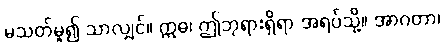
မသတ်မူ၍ သာလျှင်။ ဣဓ၊ ဤဘုရားရှိရာ အရပ်သို့။ အာဂတာ၊